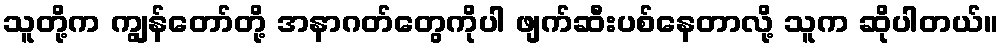
သူတို့က ကျွန်တော်တို့ အနာဂတ်တွေကိုပါ ဖျက်ဆီးပစ်နေတာလို့ သူက ဆိုပါတယ်။